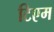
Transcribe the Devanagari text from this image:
टिएम